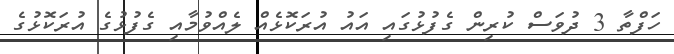
ހަފްތާ 3 ދުވަސް ކުރިން ގެފުޅުގައި އައު އުރަކޮޅެއް ލެއްވުމާއި ގެފުޅުގެ އުރަކޮޅުގެ